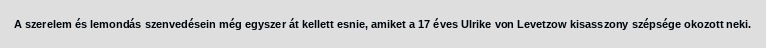
A szerelem és lemondás szenvedésein még egyszer át kellett esnie, amiket a 17 éves Ulrike von Levetzow kisasszony szépsége okozott neki.